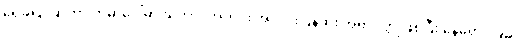
ရေခဲပြင်ဆိုတာ ကမ္ဘာပေါ်မှာ သဘာဝအတိုင်း အလင်းပြန်ဆုံး အရာဝတ္ထုဖြစ်ပြီး နေရောင်ခြည်